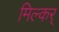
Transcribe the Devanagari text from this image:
मिल्कर्